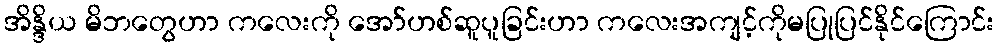
အိန္ဒိယ မိဘတွေဟာ ကလေးကို အော်ဟစ်ဆူပူခြင်းဟာ ကလေးအကျင့်ကိုမပြုပြင်နိုင်ကြောင်း